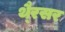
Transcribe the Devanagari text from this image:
थै्रसर